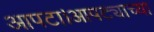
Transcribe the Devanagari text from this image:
आपटा।आपट्याच्या